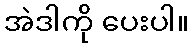
အဲဒါကို ပေးပါ။